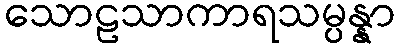
သောဠသာကာရသမ္ပန္နာ